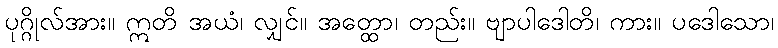
ပုဂ္ဂိုလ်အား။ ဣတိ အယံ၊ လျှင်။ အတ္ထော၊ တည်း။ ဗျာပါဒေါတိ၊ ကား။ ပဒေါသော၊